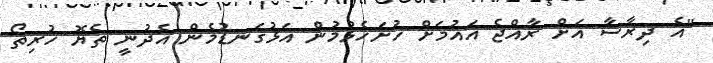
"އެ ދިރާސާ އަށް ރާއްޖެ އައުމަށް ހުށަހެޅުމުން އަޅުގަނޑުމެން އެދުނީ ތެޔޮ ހުރިތޯ